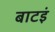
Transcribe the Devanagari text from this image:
बाटइं